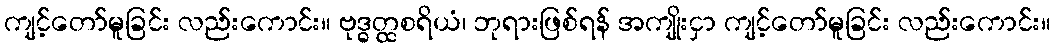
ကျင့်တော်မူခြင်း လည်းကောင်း။ ဗုဒ္ဓတ္ထစရိယံ၊ ဘုရားဖြစ်ရန် အကျိုးငှာ ကျင့်တော်မူခြင်း လည်းကောင်း။